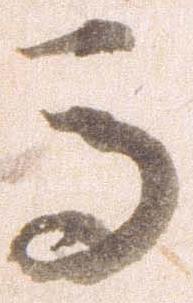
馬